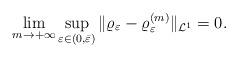
LaTeX: \begin{align*}\lim_{m \to +\infty}\sup_{\varepsilon \in (0,\bar{\varepsilon})}\|\varrho_{\varepsilon}-\varrho_{\varepsilon}^{(m)}\|_{\mathcal{L}^{1}}=0.\end{align*}